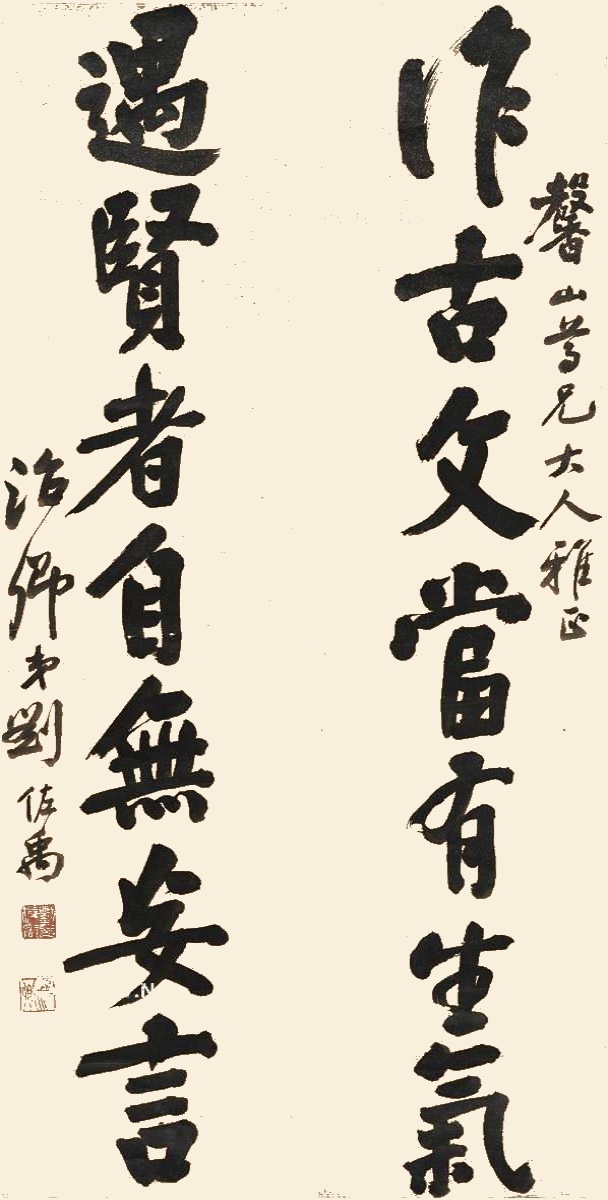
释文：作古文当有生气，遇贤者自无妄言。馨山尊兄大人雅正，治卿弟刘佐禹。